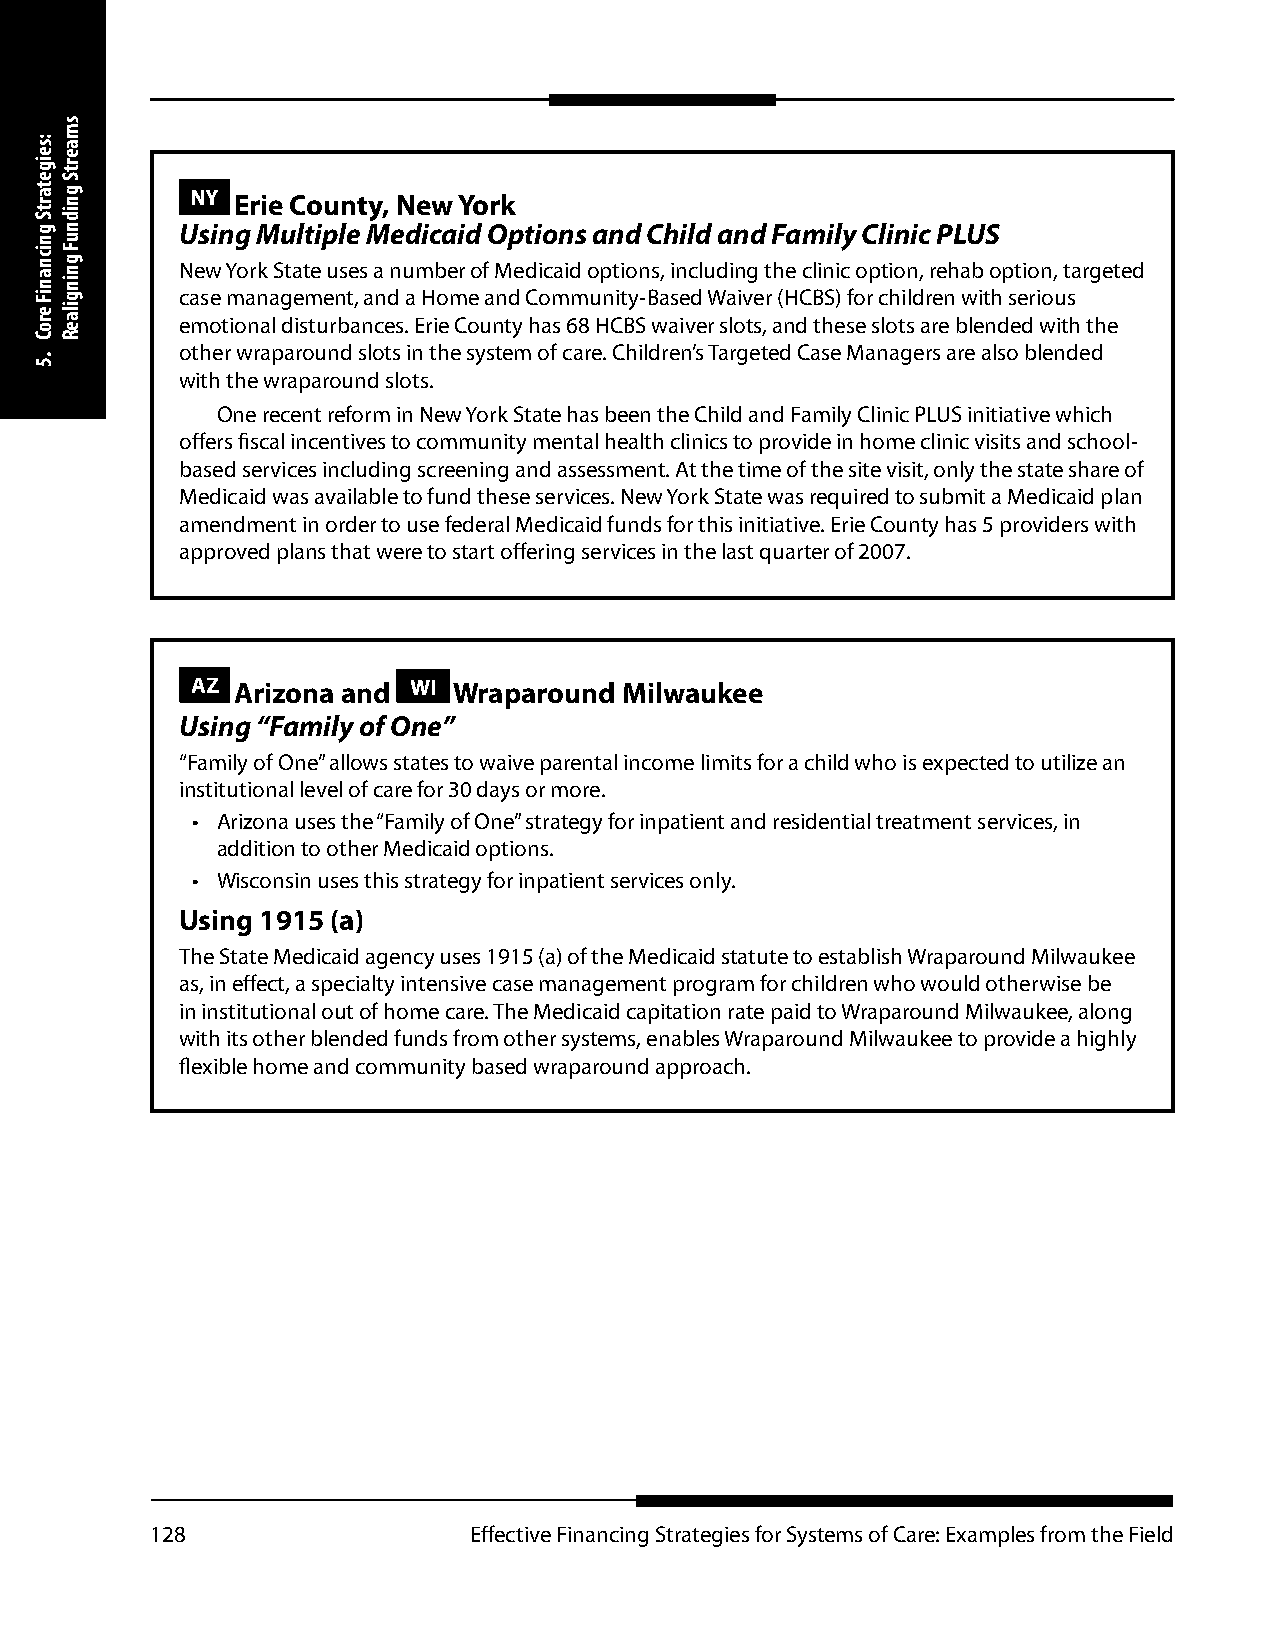
NY Erie County, New York
 Using Multiple Medicaid Options and Child and Family Clinic PLUS
 New York State uses a number of Medicaid options, including the clinic option, rehab option, targeted
 case management, and a Home and Community-Based Waiver (HCBS) for children with serious
 emotional disturbances. Erie County has 68 HCBS waiver slots, and these slots are blended with the
 other wraparound slots in the system of care. Children’s Targeted Case Managers are also blended
 with the wraparound slots.
 One recent reform in New York State has been the Child and Family Clinic PLUS initiative which
 offers fiscal incentives to community mental health clinics to provide in home clinic visits and school-
 based services including screening and assessment. At the time of the site visit, only the state share of
 Medicaid was available to fund these services. New York State was required to submit a Medicaid plan
 amendment in order to use federal Medicaid funds for this initiative. Erie County has 5 providers with
 approved plans that were to start offering services in the last quarter of 2007.
 AZ Arizona and WI Wraparound Milwaukee
 Using “Family of One”
 “Family of One” allows states to waive parental income limits for a child who is expected to utilize an
 institutional level of care for 30 days or more.
 • Arizona uses the “Family of One” strategy for inpatient and residential treatment services, in
 addition to other Medicaid options.
 • Wisconsin uses this strategy for inpatient services only.
 Using 1915 (a)
 The State Medicaid agency uses 1915 (a) of the Medicaid statute to establish Wraparound Milwaukee
 as, in effect, a specialty intensive case management program for children who would otherwise be
 in institutional out of home care. The Medicaid capitation rate paid to Wraparound Milwaukee, along
 with its other blended funds from other systems, enables Wraparound Milwaukee to provide a highly
 flexible home and community based wraparound approach.
 128                  Effective Financing Strategies for Systems of Care: Examples from the Field
 :seigetartS
 gnicnaniF
 eroC
 .5
 smaertS
 gnidnuF
 gningilaeR